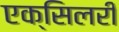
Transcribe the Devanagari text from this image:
एक्सिलरी